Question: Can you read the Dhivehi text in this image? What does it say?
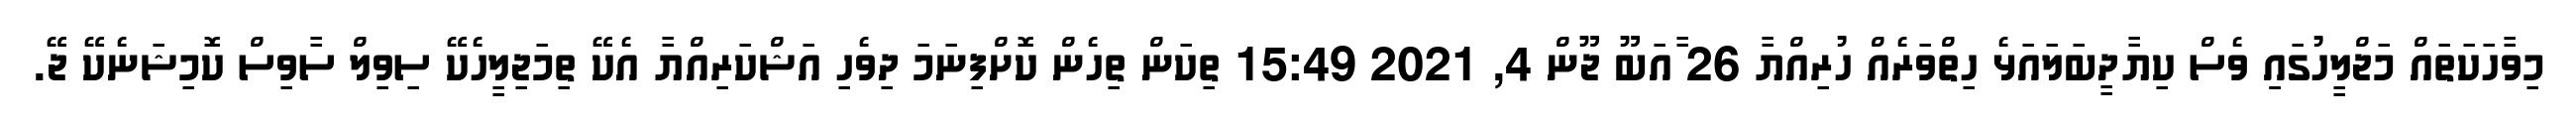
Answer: މިވާހަކަތައް މަޖްލީހުގައިި ވެސް ކިޔާދީބަލައަޅެ ހިތްވަރެއް ހުރިއްޔާ 26 ާއަބޫ ޖޫން 4, 2021 15:49 ތިކަން ތިހެން ކޮށްފިނަމަ ދިވެހި އަޝްކަރިއްޔާ އެކޭ ތިމަޖިލީހެކޭ ސިވިލް ސާވިސް ކޮމިޝަނެކޭ ޖޭ.